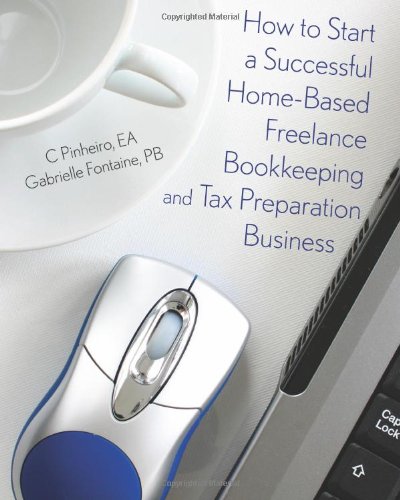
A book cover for How to Start a Successful Home-Based Freelance Bookkeeping and Tax Preparation Business; C. Pinheiro; Business & Money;